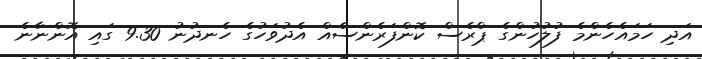
އަދި ހަމައެހެންމެ ފުލުހުންގެ ޕްރެސް ކޮންފަރެންސެއް އެދުވަހުގެ ހެނދުނު 9.30 ގައި އޮންނާނެ